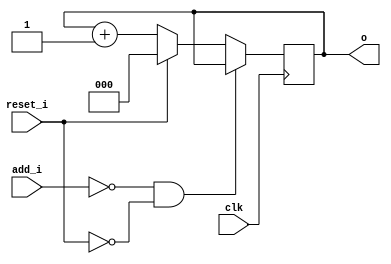
module bsg_circular_ptr_slots_p8_max_add_p1
(
  clk,
  reset_i,
  add_i,
  o
);

  input [0:0] add_i;
  output [2:0] o;
  input clk;
  input reset_i;
  wire N0,N1,N2,N3,N4,N5,N6,N7,N8;
  wire [2:0] genblk1_genblk1_ptr_r_p1;
  reg [2:0] o;
  assign genblk1_genblk1_ptr_r_p1 = o + 1'b1;
  assign { N5, N4, N3 } = (N0)? { 1'b0, 1'b0, 1'b0 } :
                          (N1)? genblk1_genblk1_ptr_r_p1 : 1'b0;
  assign N0 = reset_i;
  assign N1 = N2;
  assign N2 = ~reset_i;
  assign N6 = ~add_i[0];
  assign N7 = N6 & N2;
  assign N8 = ~N7;

  always @(posedge clk) begin
    if(N8) begin
      { o[2:0] } <= { N5, N4, N3 };
    end
  end


endmodule